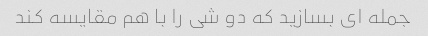
جمله ای بسازید که دو شی را با هم مقایسه کند